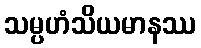
သမ္ပဟံသိယမာနဿ